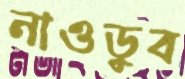
নাওডুব